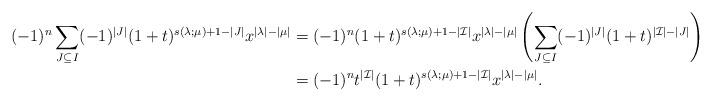
LaTeX: \begin{align*}(-1)^n\sum_{J \subseteq I} (-1)^{|J|}(1+t)^{s(\lambda;\mu)+1-|J|}x^{|\lambda|-|\mu|}&=(-1)^n(1+t)^{s(\lambda;\mu)+1-|\mathcal{I}|}x^{|\lambda|-|\mu|}\left(\sum_{J \subseteq I} (-1)^{|J|}(1+t)^{|\mathcal{I}|-|J|}\right)\\&=(-1)^nt^{|\mathcal{I}|}(1+t)^{s(\lambda;\mu)+1-|\mathcal{I}|}x^{|\lambda|-|\mu|}.\end{align*}